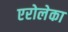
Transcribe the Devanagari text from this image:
एरोलेका